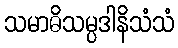
သမာဓိသမ္ပဒါနိသံသံ